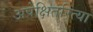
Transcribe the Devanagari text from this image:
अपेक्षितरित्या